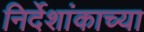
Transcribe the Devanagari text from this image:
निर्देशांकाच्या